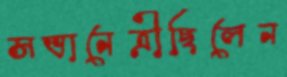
সভানেত্রীছিলেন